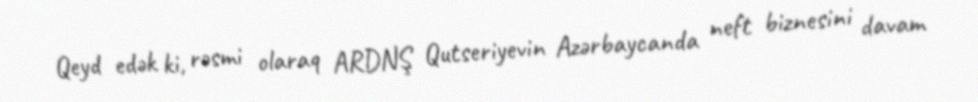
Qeyd edək ki, rəsmi olaraq ARDNŞ Qutseriyevin Azərbaycanda neft biznesini davam